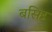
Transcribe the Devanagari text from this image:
बसिष्ठ